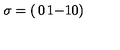
\sigma = \left( \begin{matrix} { 0 } & { 1 } \\ { - 1 } & { 0 } \\ \end{matrix} \right)